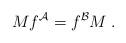
LaTeX: \begin{align*}Mf^{\mathcal{A}}=f^{\mathcal{B}}M\;.\end{align*}